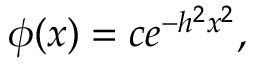
\phi ( x ) = c e ^ { - h ^ { 2 } x ^ { 2 } } ,